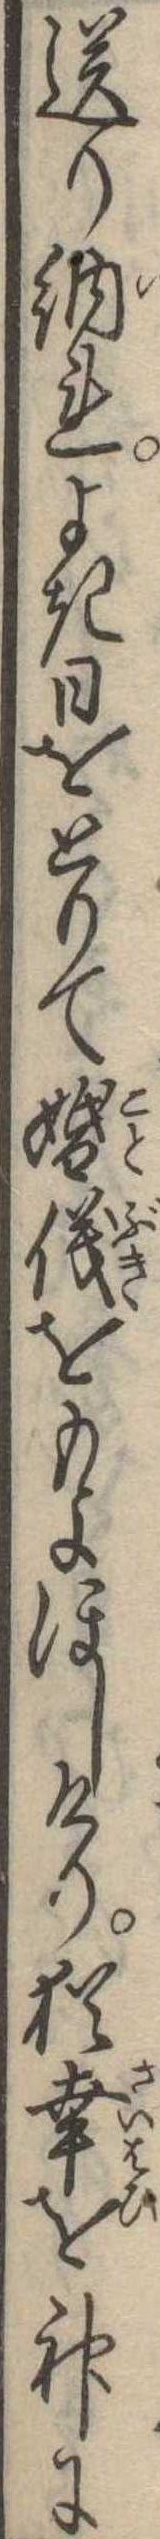
送り納れよき日をとりて婚儀をもよほしけり猶幸を神に